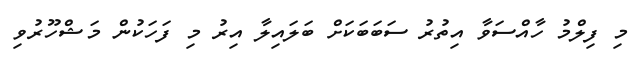
މި ފިލްމު ހާއްސަވާ އިތުރު ސަބަބަކަށް ބަލައިލާ އިރު މި ފަހަކުން މަޝްހޫރުވި